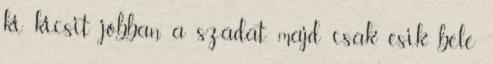
ki kicsit jobban a szádat, majd csak esik bele